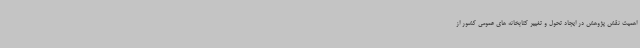
اهمیت نقش پژوهش در ایجاد تحول و تغییر کتابخانه های عمومی کشور از